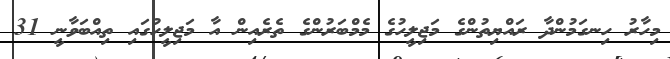
މިހާރު ހިނގަމުންދާ ރައްޔިތުންގެ މަޖިލީހުގެ މެމްބަރުންގެ ތެރެއިން އާ މަޖިލީހުގައި ތިއްބަވާނީ 31